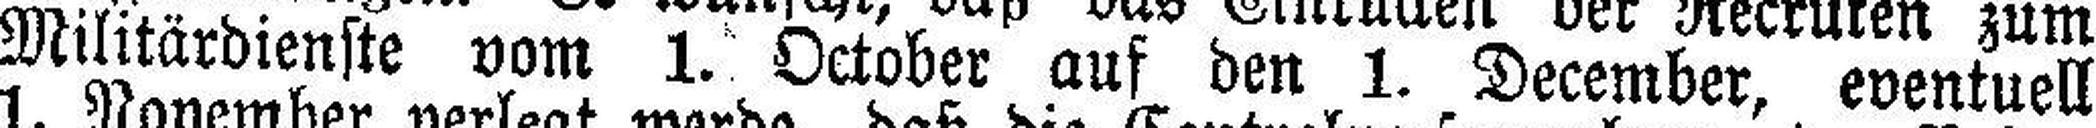
Militärdienste vom 1. October auf den 1. December, eventuell